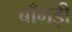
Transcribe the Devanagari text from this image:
बाँगड़ी